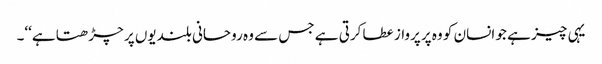
یہی چیز ہے جو انسان کو وہ پرپرواز عطا کرتی ہے جس سے وہ روحانی بلندیوں پر چڑھتا ہے‘‘۔